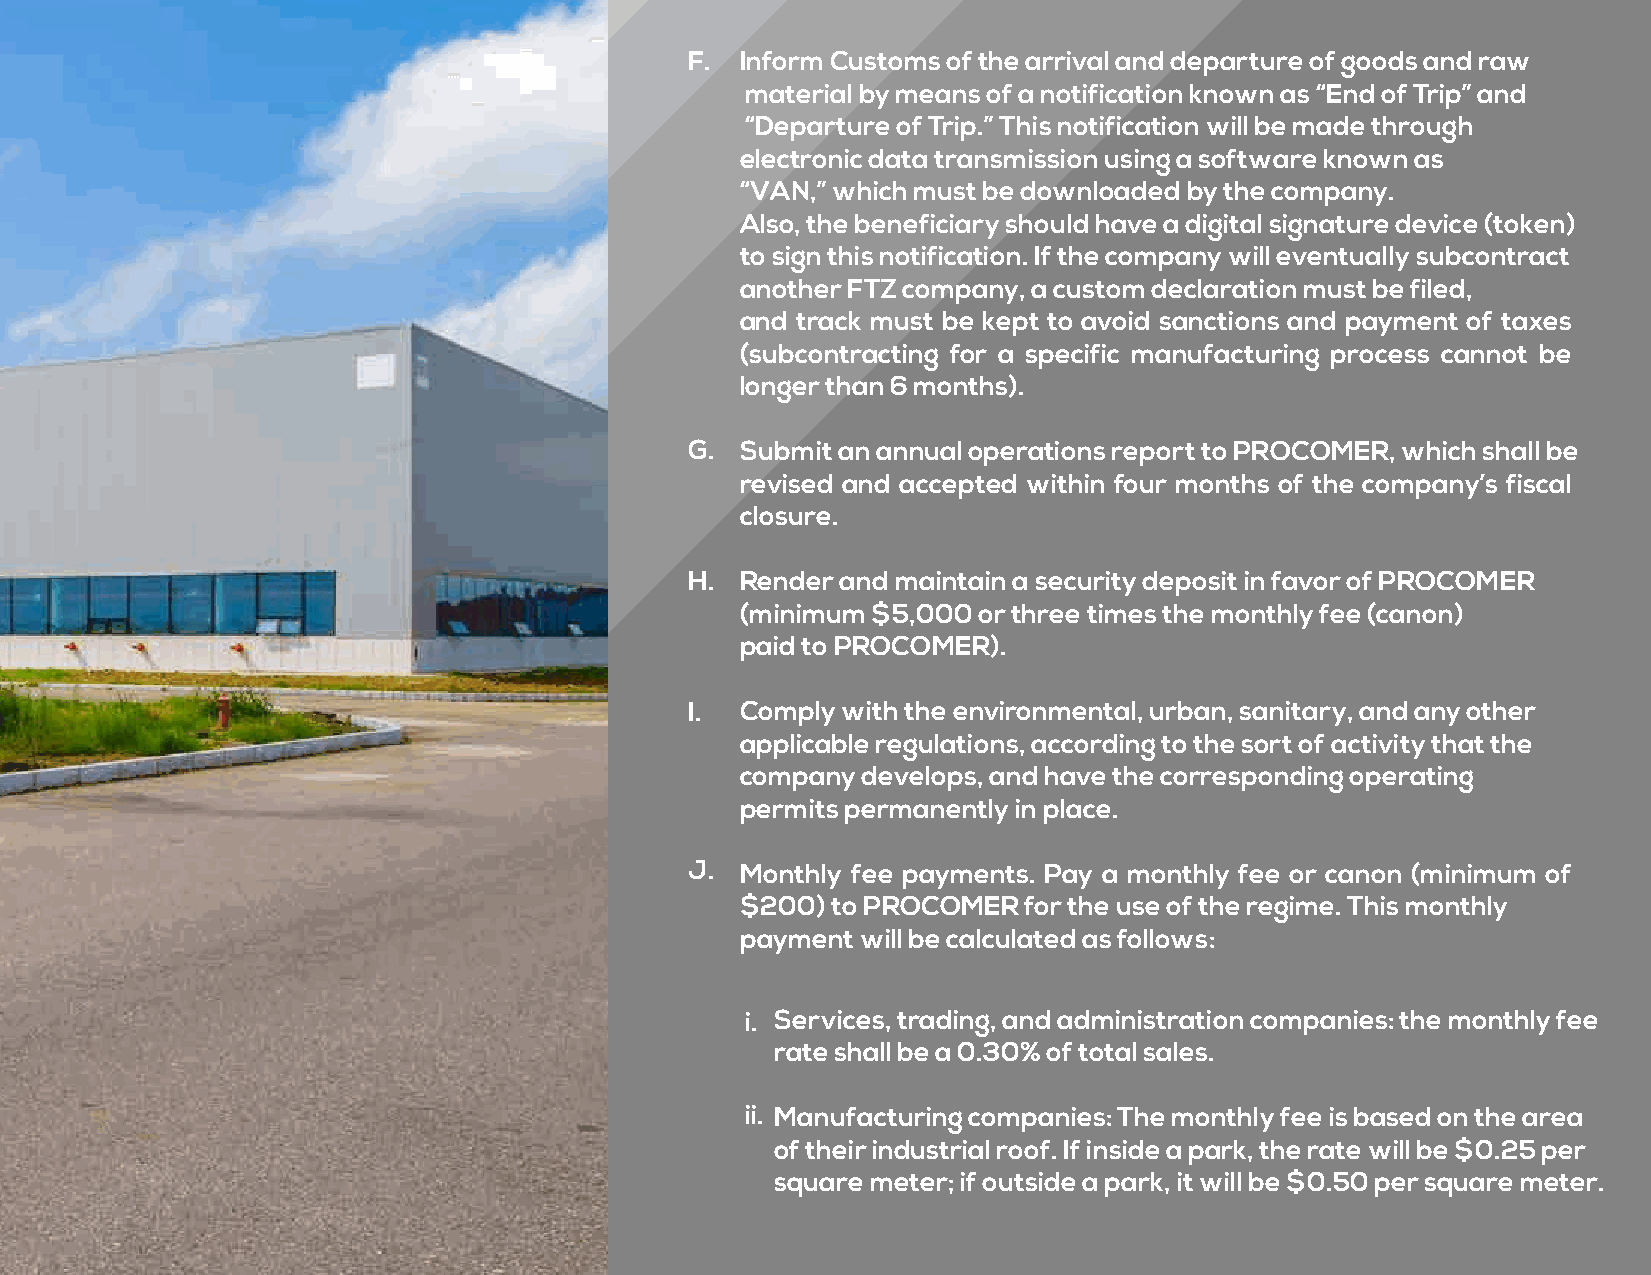
F. Inform Customs of the arrival and departure of goods and raw
 material by means of a notification known as “End of Trip” and
 “Departure of Trip.” This notification will be made through
 electronic data transmission using a software known as
 “VAN,” which must be downloaded by the company.
 Also, the beneficiary should have a digital signature device (token)
 to sign this notification. If the company will eventually subcontract
 another FTZ company, a custom declaration must be filed,
 and track must be kept to avoid sanctions and payment of taxes
 (subcontracting for a specific manufacturing process cannot be
 longer than 6 months).
 G. Submit an annual operations report to PROCOMER, which shall be
 revised and accepted within four months of the company’s fiscal
 closure.
 H. Render and maintain a security deposit in favor of PROCOMER
 (minimum $5,000 or three times the monthly fee (canon)
 paid to PROCOMER).
 I. Comply with the environmental, urban, sanitary, and any other
 applicable regulations, according to the sort of activity that the
 company develops, and have the corresponding operating
 permits permanently in place.
 J. Monthly fee payments. Pay a monthly fee or canon (minimum of
 $200) to PROCOMER  for the use of the regime. This monthly
 payment will be calculated as follows:
 i. Services, trading, and administration companies: the monthly fee
 rate shall be a 0.30% of total sales.
 ii. Manufacturing companies: The monthly fee is based on the area
 of their industrial roof. If inside a park, the rate will be $0.25 per
 square meter; if outside a park, it will be $0.50 per square meter.